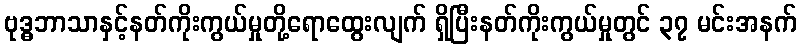
ဗုဒ္ဓဘာသာနှင့်နတ်ကိုးကွယ်မှုတို့ရောထွေးလျက် ရှိပြီးနတ်ကိုးကွယ်မှုတွင် ၃၇ မင်းအနက်